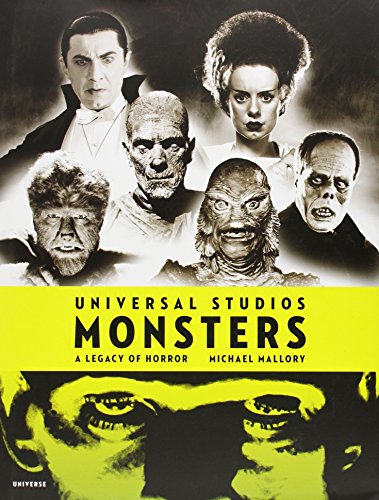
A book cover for Universal Studios Monsters: A Legacy of Horror; Michael Mallory; Humor & Entertainment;